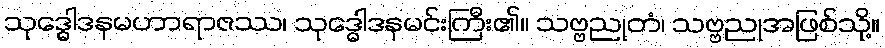
သုဒ္ဓေါဒနမဟာရာဇဿ၊ သုဒ္ဓေါဒနမင်းကြီး၏။ သဗ္ဗညုတံ၊ သဗ္ဗညုအဖြစ်သို့။